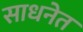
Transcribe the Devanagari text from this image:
साधनेत